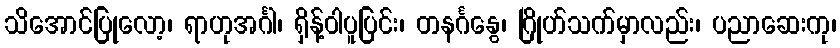
သိအောင်ပြုလော့၊ ရာဟုအင်္ဂါ၊ ရှိန့်ဝါပူပြင်း၊ တနင်္ဂနွေ၊ ဂြိုဟ်သက်မှာလည်း၊ ပညာဆေးကု၊